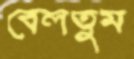
বেলতুম